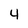
Character: 4